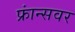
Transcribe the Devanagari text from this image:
फ्रांन्सवर